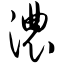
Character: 浓